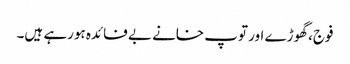
فوج، گھوڑے اور توپ خانے بے فائدہ ہورہے ہیں۔